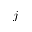
j